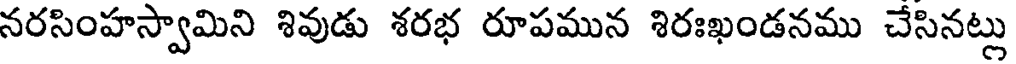
నరసింహస్వామిని శివుడు శరభ రూపమున శిరఃఖండనము చేసినట్లు